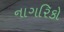
નાગરિકો